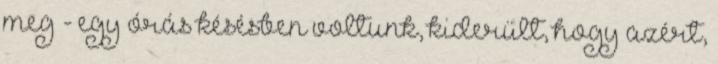
meg - egy órás késésben voltunk, kiderült, hogy azért,